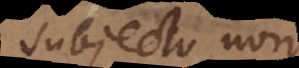
subjecto non